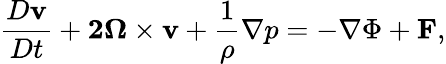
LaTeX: \frac{D{\mathbf v}}{Dt}+\boldsymbol{2\Omega}\times{\mathbf v}+\frac{1}{\rho}\nabla p=-\nabla\Phi+{\mathbf F},